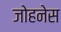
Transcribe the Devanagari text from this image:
जोहनेस